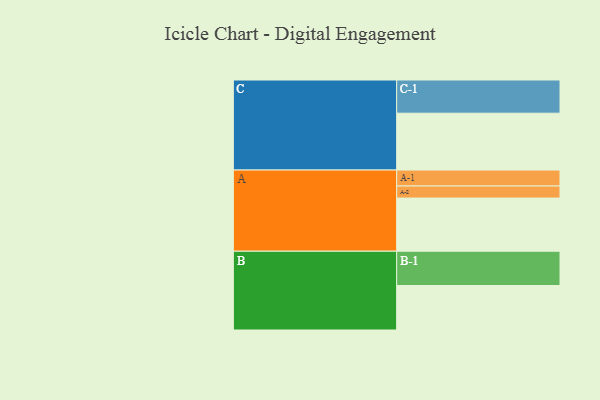
{"axis": {"x": "Segment", "y": "Value"}, "legend": ["", "A", "B", "C"], "data": [{"x": "A", "y": 463, "type": ""}, {"x": "B", "y": 387, "type": ""}, {"x": "C", "y": 495, "type": ""}, {"x": "A-1", "y": 139, "type": "A"}, {"x": "A-2", "y": 105, "type": "A"}, {"x": "B-1", "y": 299, "type": "B"}, {"x": "C-1", "y": 289, "type": "C"}]}